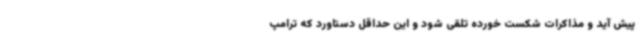
پیش آید و مذاکرات شکست خورده تلقی شود و این حداقل دستاورد که ترامپ